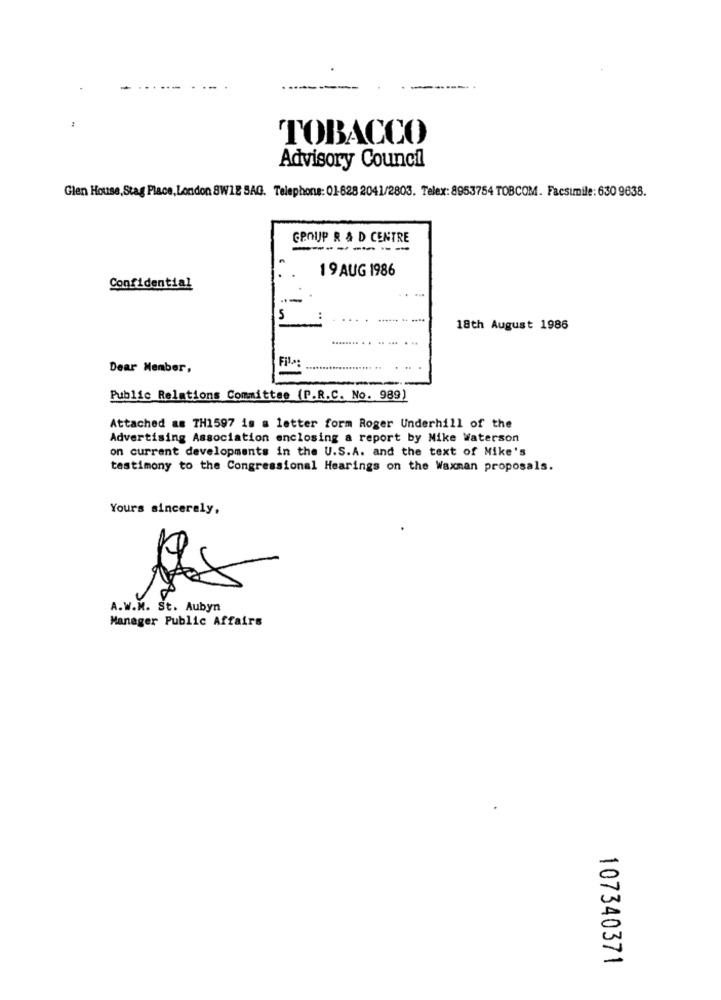
TOBACCO
Advisory Council
Glen House, Stag Place, London 8WIE SAG. Telephone: 01-628 2041/2803. Telex: 8953754 TOBCOM. Facsimile: 630 9638.
GROUP R & D CENTRE
------
19 AUG 1986
Confidential
18th August 1986
Dear Member,
Public Relations Committee (P.R.C. No. 989)
Attached as TH1597 is a letter form Roger Underhill of the
Advertising Association enclosing a report by Nike Waterson
on current developments in the U.S.A. and the text of Mike's
testimony to the Congressional Hearings on the Waxman proposals.
Yours sincerely,
A.W.M. St. Aubyn
Manager Public Affairs
107340371